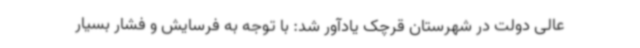
عالی دولت در شهرستان قرچک یادآور شد: با توجه به فرسایش و فشار بسیار